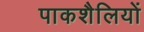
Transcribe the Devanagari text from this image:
पाकशैलियों